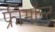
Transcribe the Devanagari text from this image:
फ्रीमॉन्‍ट